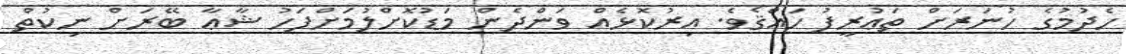
ހެދުމުގެ ހުނަރަށް ތަޢުރީފު ހައްޤެވެ. އިރުކޮޅެއް ވަންދެން މަޑުކޮށްލުމަށްފަހު ޝާޢާ ބޭރަށް ނިކުތް